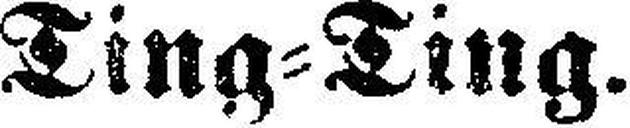
Ting=Ting.